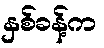
နှစ်ခန့်က